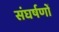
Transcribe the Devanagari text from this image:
संघर्षणों